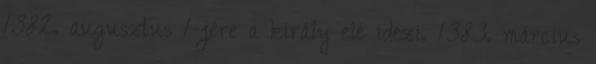
1382. augusztus 1-jére a király elé idézi. 1383. március